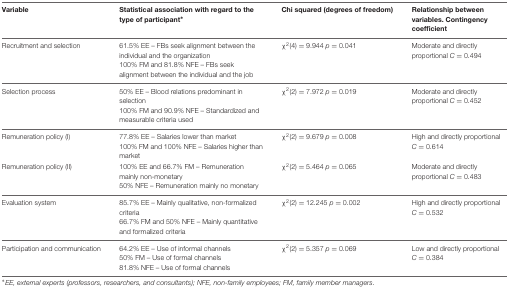
<table><thead><tr><td><b>Variable</b></td><td><b>Statistical association with regard to the type of participant<sup>∗</sup></b></td><td><b>Chi squared (degrees of freedom)</b></td><td><b>Relationship between variables. Contingency coefficient</b></td></tr></thead><tbody><tr><td>Recruitment and selection</td><td>61.5% EE – FBs seek alignment between the individual and the organization 100% FM and 81.8% NFE – FBs seek alignment between the individual and the job</td><td>χ<sup>2</sup>(4) = 9.944 <i>p</i> = 0.041</td><td>Moderate and directly proportional <i>C</i> = 0.494</td></tr><tr><td>Selection process</td><td>50% EE – Blood relations predominant in selection 100% FM and 90.9% NFE – Standardized and measurable criteria used</td><td>χ<sup>2</sup>(2) = 7.972 <i>p</i> = 0.019</td><td>Moderate and directly proportional <i>C</i> = 0.452</td></tr><tr><td>Remuneration policy (I)</td><td>77.8% EE – Salaries lower than market 100% FM and 100% NFE – Salaries higher than market</td><td>χ<sup>2</sup>(2) = 9.679 <i>p</i> = 0.008</td><td>High and directly proportional <i>C</i> = 0.614</td></tr><tr><td>Remuneration policy (II)</td><td>100% EE and 66.7% FM – Remuneration mainly non-monetary 50% NFE – Remuneration mainly no monetary</td><td>χ<sup>2</sup>(2) = 5.464 <i>p</i> = 0.065</td><td>Moderate and directly proportional <i>C</i> = 0.483</td></tr><tr><td>Evaluation system</td><td>85.7% EE – Mainly qualitative, non-formalized criteria 66.7% FM and 50% NFE – Mainly quantitative and formalized criteria</td><td>χ<sup>2</sup>(2) = 12.245 <i>p</i> = 0.002</td><td>High and directly proportional <i>C</i> = 0.532</td></tr><tr><td>Participation and communication</td><td>64.2% EE – Use of informal channels 50% FM – Use of formal channels 81.8% NFE – Use of formal channels</td><td>χ<sup>2</sup>(2) = 5.357 <i>p</i> = 0.069</td><td>Low and directly proportional <i>C</i> = 0.384</td></tr></tbody></table>